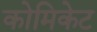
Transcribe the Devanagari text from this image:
कोमिकेट